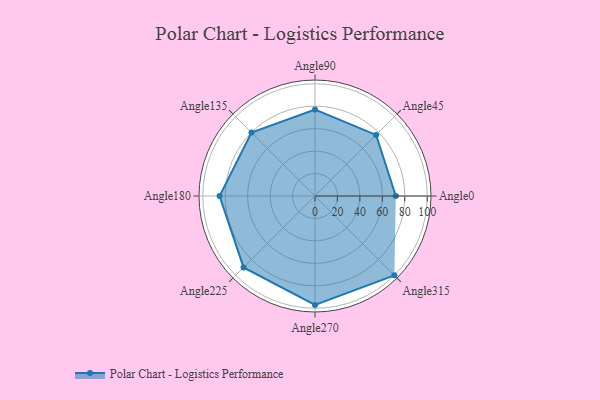
{"axis": {"x": "Angle", "y": "Radius"}, "legend": [""], "data": [{"x": "Angle0", "y": 72.0, "type": ""}, {"x": "Angle45", "y": 77.0, "type": ""}, {"x": "Angle90", "y": 77.0, "type": ""}, {"x": "Angle135", "y": 80.0, "type": ""}, {"x": "Angle180", "y": 85.0, "type": ""}, {"x": "Angle225", "y": 90.0, "type": ""}, {"x": "Angle270", "y": 97.0, "type": ""}, {"x": "Angle315", "y": 100.0, "type": ""}]}